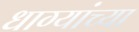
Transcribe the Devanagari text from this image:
धाग्यांच्या